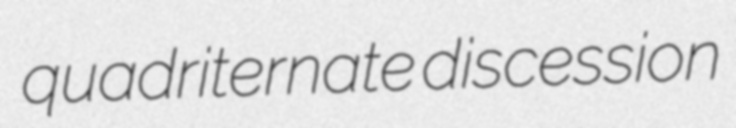
quadriternate discession